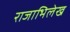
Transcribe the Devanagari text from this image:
राजाभिलेख